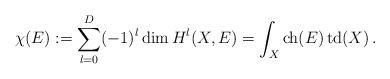
\begin{align*}\chi(E):=\sum_{l=0}^D(-1)^l\dim { H}^l(X,E)=\int_X\mathop{{\rm ch}}(E)\mathop{{\rm td}}(X)\,.\end{align*}